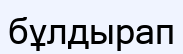
бұлдырап